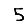
Digit: 5